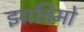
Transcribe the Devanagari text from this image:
झाविमो